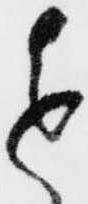
進